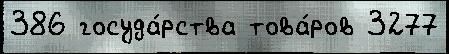
386 госуда́рства това́ров 3277